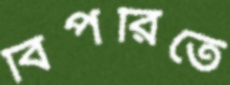
বিপরিতে